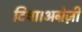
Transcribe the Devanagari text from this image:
दिया।अग्रेज़ी